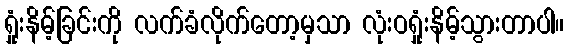
ရှုံးနိမ့်ခြင်းကို လက်ခံလိုက်တော့မှသာ လုံးဝရှုံးနိမ့်သွားတာပါ။